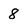
Character: 8